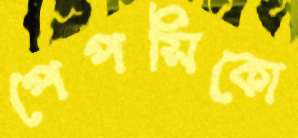
পেপসিকো